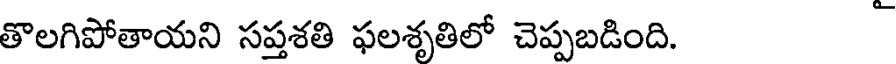
తొలగిపోతాయని సప్తశతి ఫలశృతిలో చెప్పబడింది.